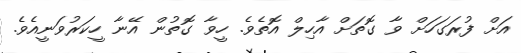
އަށް ފުރަގަހަށް ވާ ގޮތަށް އާހިލް އޮތެވެ. ހީވާ ގޮތުން އޭނާ ހީކަރުވަނީއެވެ.